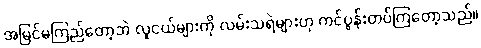
အမြင်မကြည်တော့ဘဲ လူငယ်များကို လမ်းသရဲများဟု ကင်ပွန်းတပ်ကြတော့သည်။